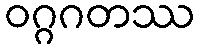
ဝဂ္ဂဂတဿ